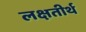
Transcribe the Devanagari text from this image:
लक्षतीर्थ